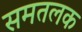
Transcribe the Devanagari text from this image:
समतलक